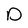
Character: D